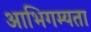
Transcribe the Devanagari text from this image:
आभिगम्यता